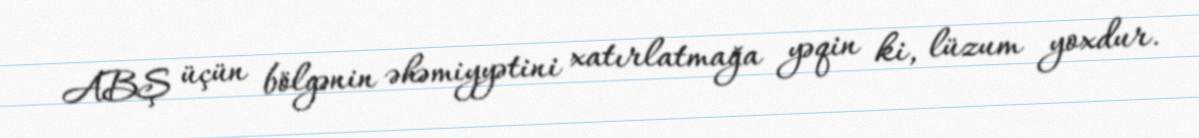
ABŞ üçün bölgənin əhəmiyyətini xatırlatmağa yəqin ki, lüzum yoxdur.